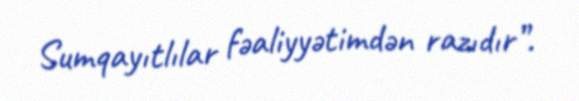
Sumqayıtlılar fəaliyyətimdən razıdır”.